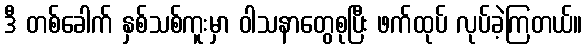
ဒီ တစ်ခေါက် နှစ်သစ်ကူးမှာ ဝါသနာတွေစုပြီး ဖက်ထုပ် လုပ်ခဲ့ကြတယ်။